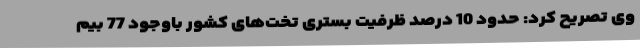
وی تصریح کرد: حدود 10 درصد ظرفیت بستری تخت‌های کشور باوجود 77 بیم